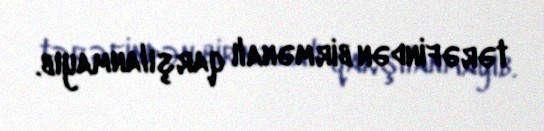
tərəfindən birmənalı qarşılanmayıb.